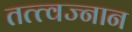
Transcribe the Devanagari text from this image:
तत्त्वज्नान